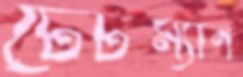
টেটম্যান